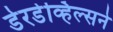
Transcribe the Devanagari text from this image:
डेरडेव्हिल्सने